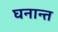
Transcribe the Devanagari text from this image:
घनान्त